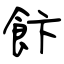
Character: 飰